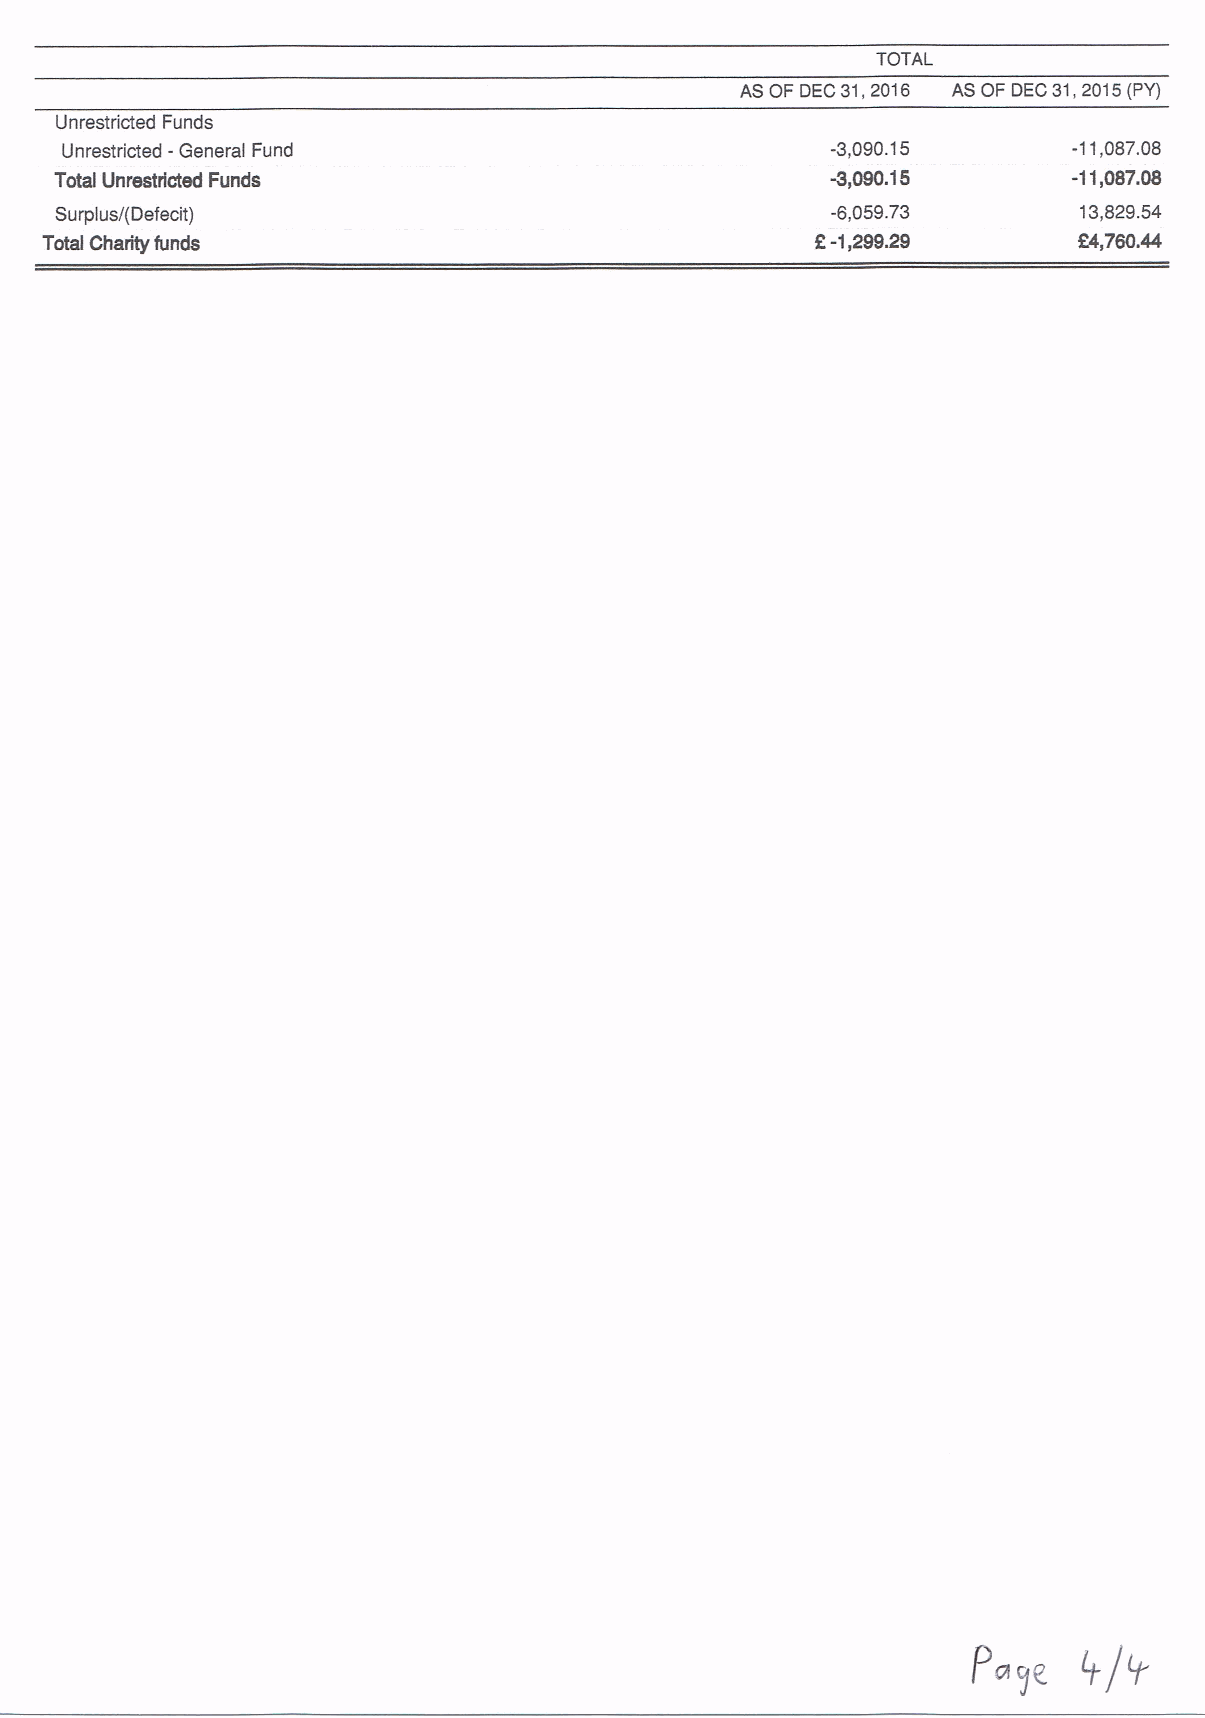
TOTAL
 AS OF DEC31,2016 AS OF DEC31,2015(PY)
 Unrestricted Funds
 Unrestricted -General Fund                         -3,090.15       -11,087.08
 Total Unrestricted Funds                           -3,090.15       -11,087.08
 Surplus/(Defecit)                                  -6,059.73       13,829.54
 Total Charity funds                                R-1,299.29       R4,760A4